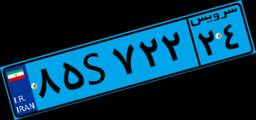
۸۵S۷۲۲۲۴